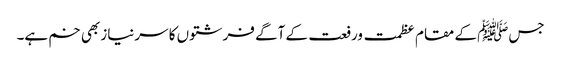
جسﷺ کے مقام عظمت ورفعت کے آگے فرشتوں کا سرنیاز بھی خم ہے۔